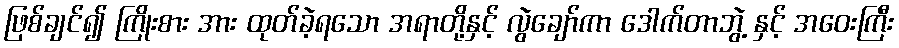
ဖြစ်ချင်၍ ကြိုးစား အား ထုတ်ခဲ့ရသော အရာတို့နှင့် လွဲချော်ကာ ဒေါက်တာဘွဲ့ နှင့် အဝေးကြီး